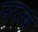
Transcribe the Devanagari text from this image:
नरत्व